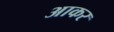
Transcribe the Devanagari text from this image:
अाकर